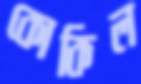
কোকিল